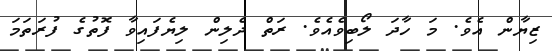
ޒިޔާން އެވެ. މަ ހާދަ ލޯބިވެއެވެ. ރަތް ދެލިން ލިޔެފައިވާ ފޮތުގެ ފުރަތަމަ